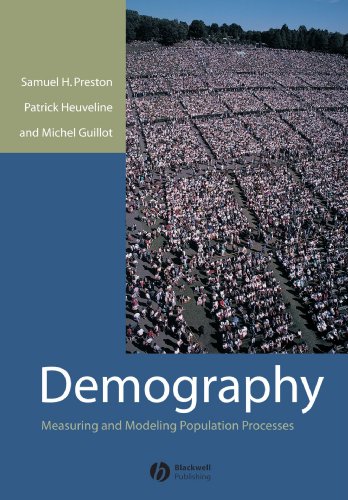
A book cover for Demography: Measuring and Modeling Population Processes; Samuel Preston; Politics & Social Sciences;